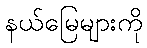
နယ်မြေများကို